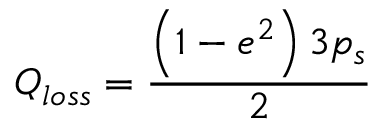
Q _ { l o s s } = \frac { \left( 1 - e ^ { 2 } \right) 3 p _ { s } } { 2 }